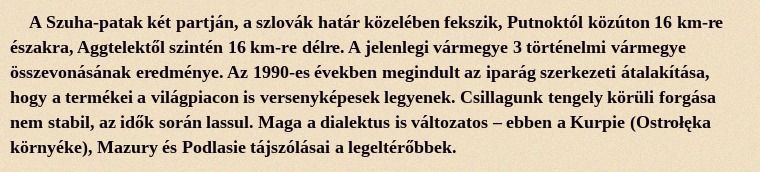
A Szuha-patak két partján, a szlovák határ közelében fekszik, Putnoktól közúton 16 km-re északra, Aggtelektől szintén 16 km-re délre. A jelenlegi vármegye 3 történelmi vármegye összevonásának eredménye. Az 1990-es években megindult az iparág szerkezeti átalakítása, hogy a termékei a világpiacon is versenyképesek legyenek. Csillagunk tengely körüli forgása nem stabil, az idők során lassul. Maga a dialektus is változatos – ebben a Kurpie (Ostrołęka környéke), Mazury és Podlasie tájszólásai a legeltérőbbek.